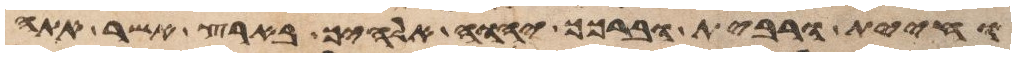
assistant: וחיית ורבית וברכך יהוה אלהיך בארץ אשר אתה